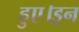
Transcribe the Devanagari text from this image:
हुए।इन